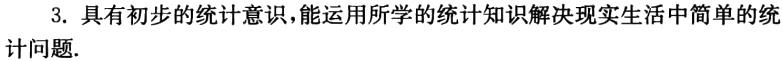
3. 具有初步的统计意识，能运用所学的统计知识解决现实生活中简单的统